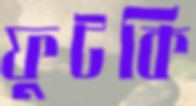
ফুটকি